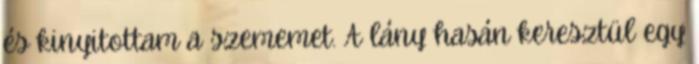
és kinyitottam a szememet. A lány hasán keresztül egy